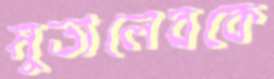
মুতালেবকে